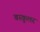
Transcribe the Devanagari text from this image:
वस्कुलर